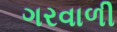
ગરવાળી